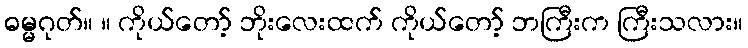
ဓမ္မဂုတ်။ ။ ကိုယ်တော့် ဘိုးလေးထက် ကိုယ်တော့် ဘကြီးက ကြီးသလား။